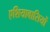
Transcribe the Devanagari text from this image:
एशियावासियों